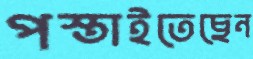
পস্তাইতেছেন